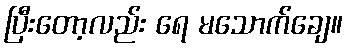
ပြီးတော့လည်း ရေ မသောက်ချေ။